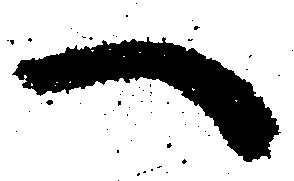
へ